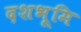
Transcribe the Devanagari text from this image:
दशभूमि